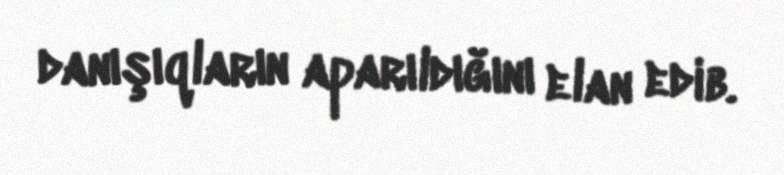
danışıqların aparıldığını elan edib.